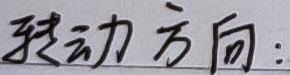
转动方向：